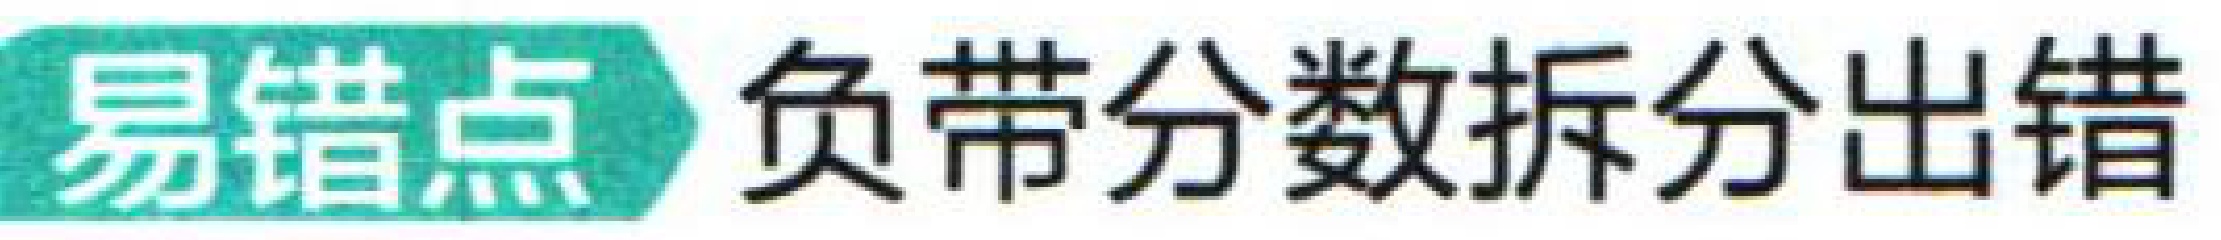
易错点 负带分数拆分出错